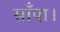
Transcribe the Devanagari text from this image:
साँपा।